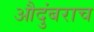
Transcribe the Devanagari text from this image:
औदुंबराच